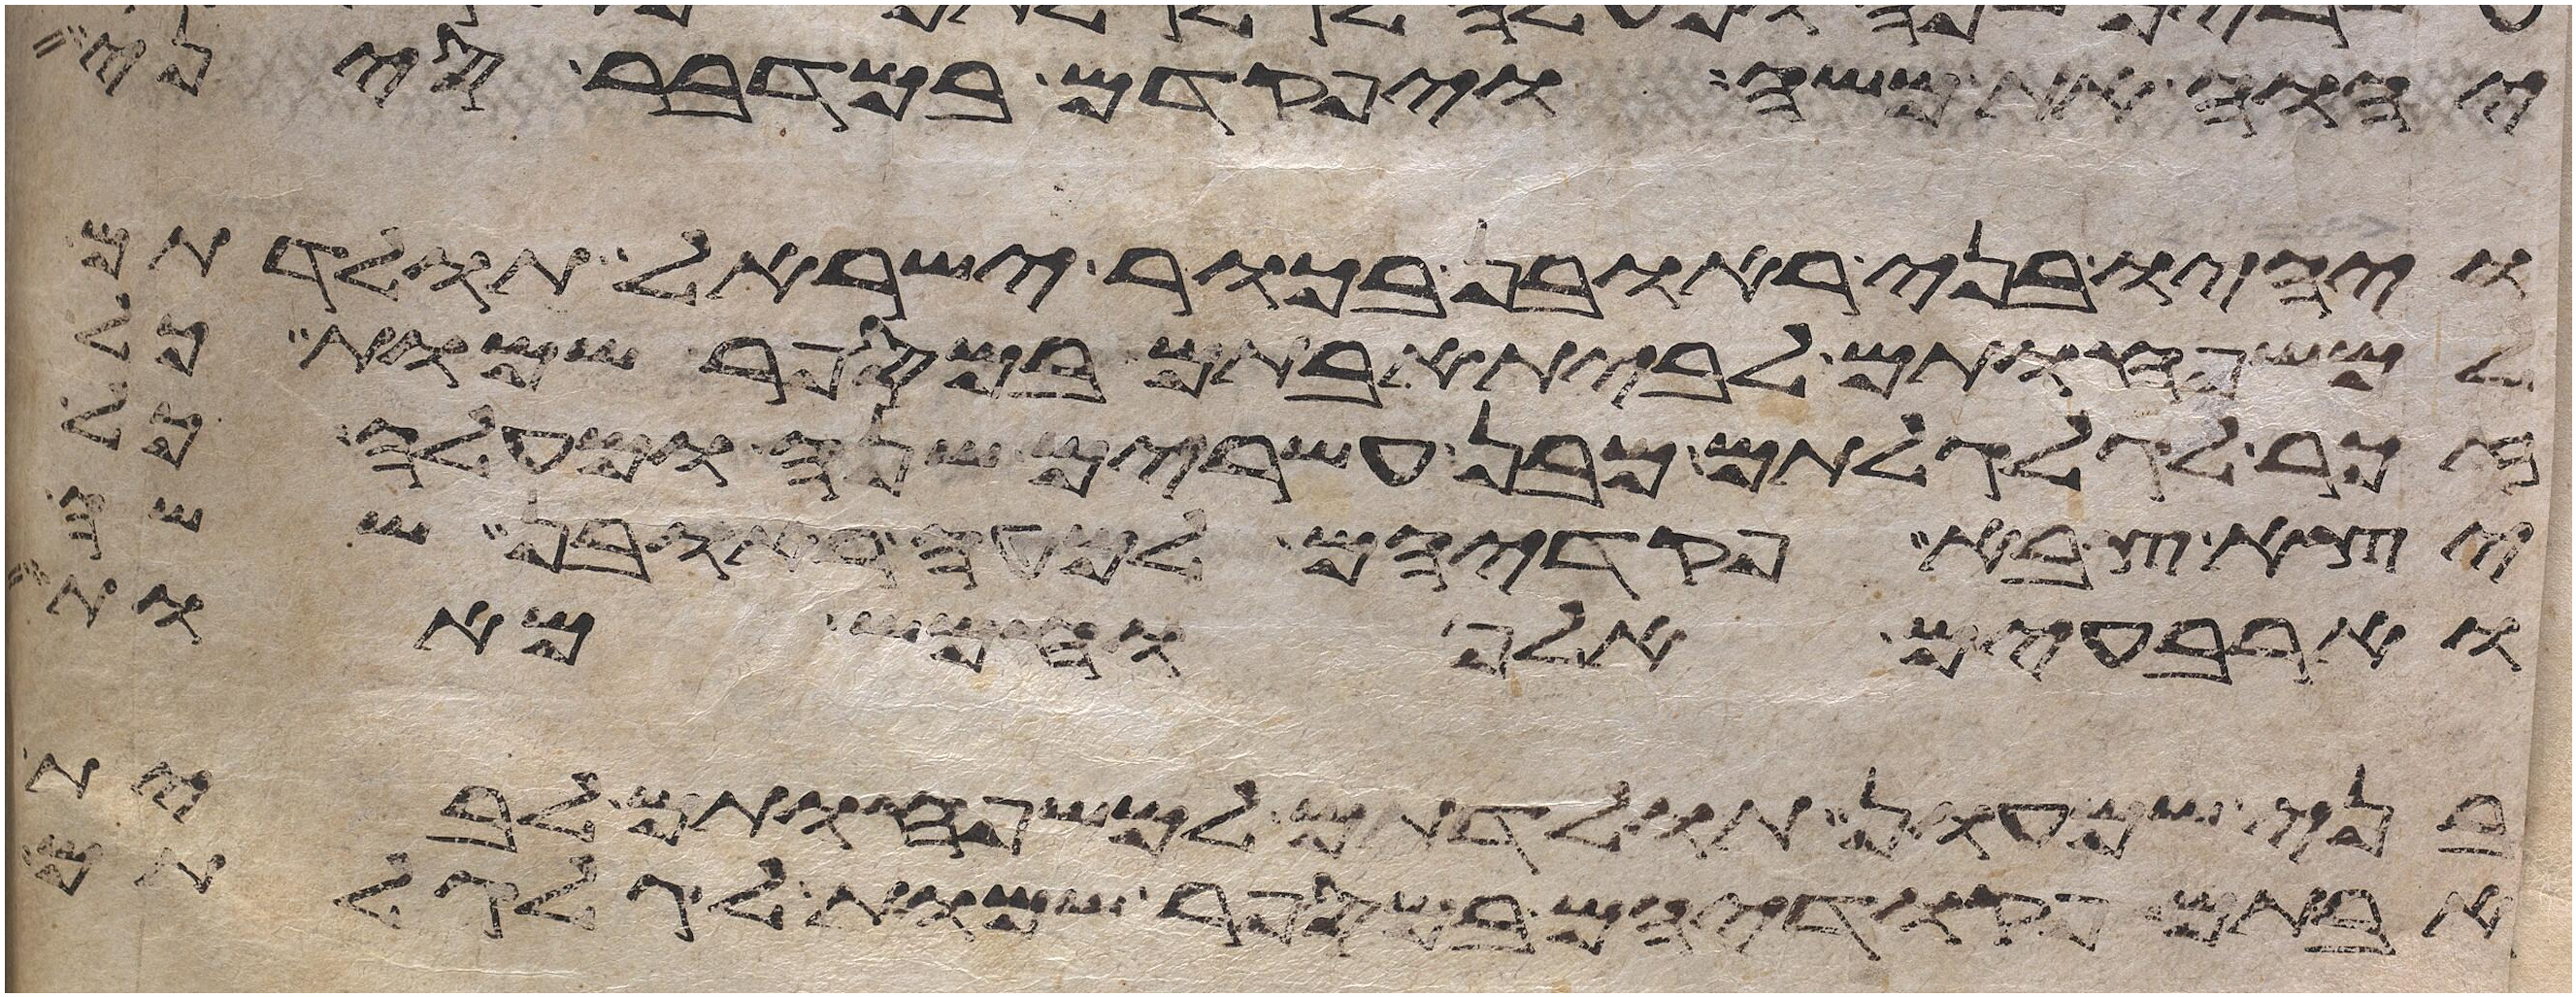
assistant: יהוה את משה ויפקדם במדבר סיני
ויהיו בני ראובן בכור ישראל תולדתם
למשפחותם לבית אבותם במספר שמות כל
זכר לגלגלתם מבן עשרים שנה ומעלה כל
יצא צבא פקדיהם למטה ראובן ששה
וארבעים אלף וחמש מאות
לבני שמעון תולדתם למשפחותם לבית
אבותם פקדיהם במספר שמות לגלגלתם